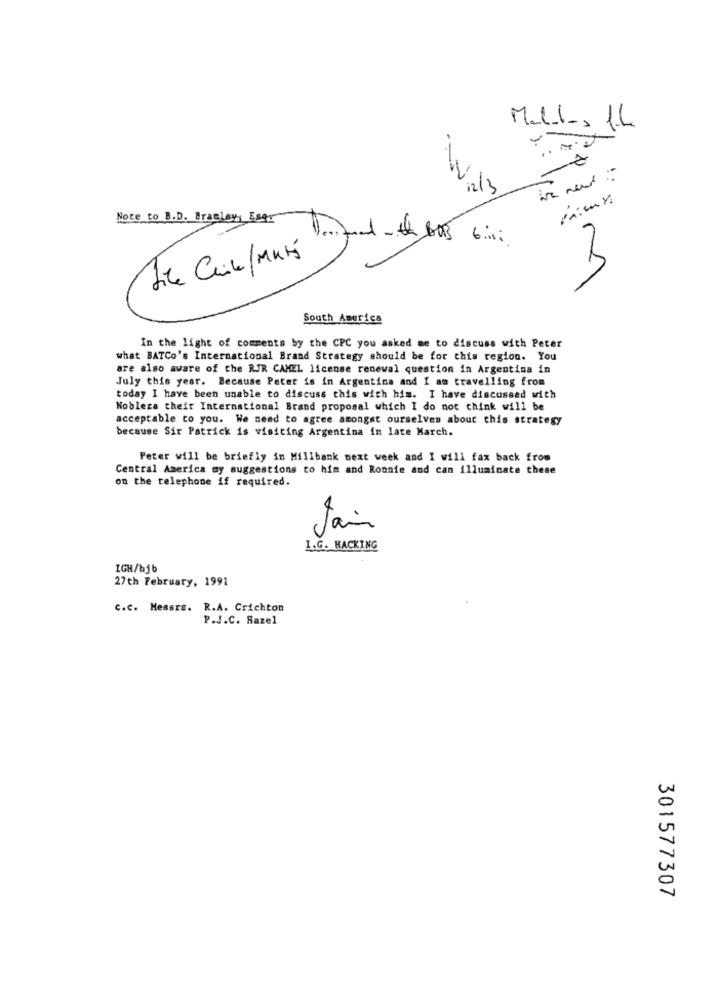
Mall, 1L
1. .
Note to B.D. Bramley, Este
M
South America
In the light of comments by the CPC you asked me to discuss with Peter
what BATCo's International Brand Strategy should be for this region. You
are also aware of the RJR CAMEL license renewal question in Argentina in
July this year. Because Peter is in Argentina and I am travelling from
today I have been unable to discuss this with him. I have discussed with
Nobleza their International Brand proposal which I do not think will be
acceptable co you. We need to agree amongst ourselves about this strategy
because Sir Patrick is visiting Argentina in late March.
Peter will be briefly in Millbank next week and I will fax back from
Central America my suggestions to him and Ronnie and can illuminate these
on the telephone if required.
Jain
1.G. HACKING
IGH/bjb
27th February, 1991
C.C. Messrs. R.A. Crichton
P.J.C. Razel
301577307